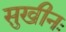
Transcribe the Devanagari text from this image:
सुखीनः